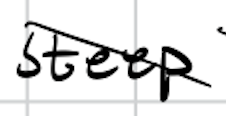
Text: steep
Cross-out: mix
Writing tool: digital_black